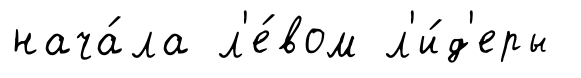
нача́ла л'е́вом л'и́д'еры